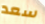
سعد